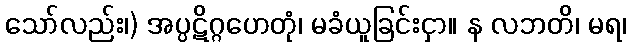
သော်လည်း၊) အပ္ပဋိဂ္ဂဟေတုံ၊ မခံယူခြင်းငှာ။ န လဘတိ၊ မရ၊